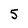
Character: 5